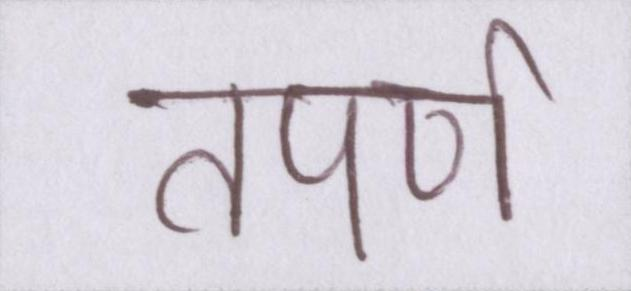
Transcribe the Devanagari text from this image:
तपर्ण